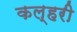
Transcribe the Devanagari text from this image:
कल्हरी